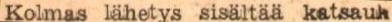
Kolmas lähetys sisältää katsauk